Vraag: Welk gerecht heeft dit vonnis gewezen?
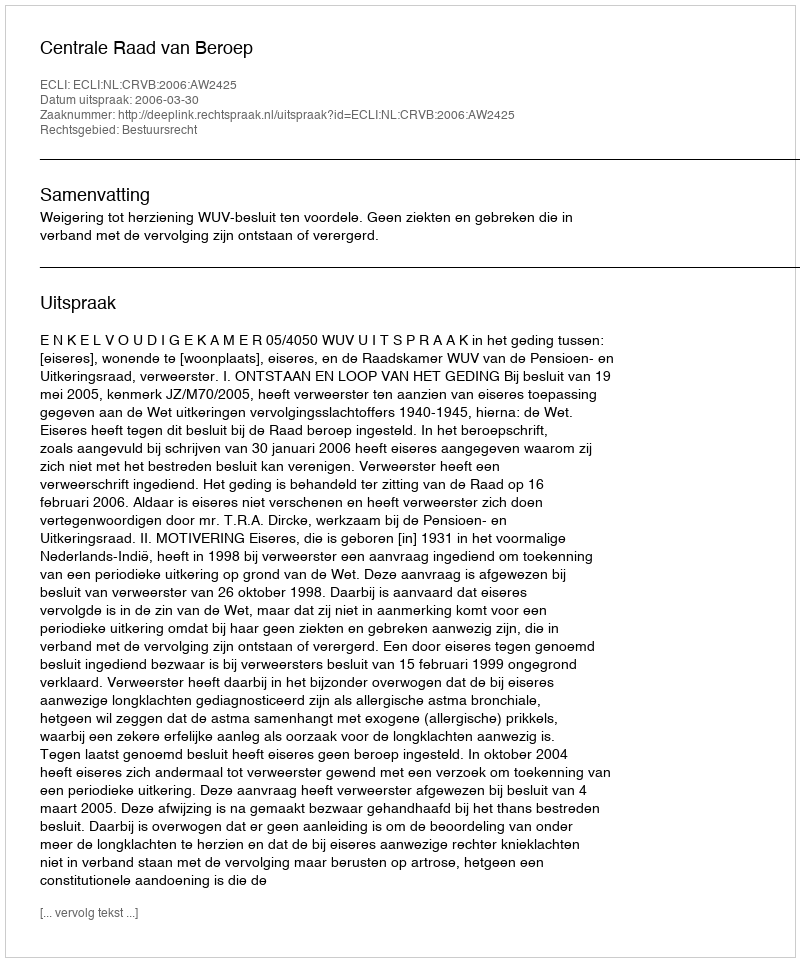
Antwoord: Centrale Raad van Beroep